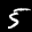
Label: 5